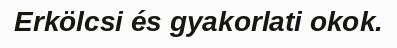
Erkölcsi és gyakorlati okok.